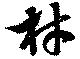
材